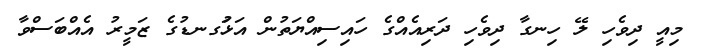
މިއީ ދިވެހި ލޭ ހިނގާ ދިވެހި ދަރިއެއްގެ ހައިސިއްޔަތުން އަޅުަގނޑުގެ ޒަމީރު އެއްބަސްވާ